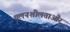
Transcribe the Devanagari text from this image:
चलनशीलताऔर